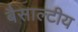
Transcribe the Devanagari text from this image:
बैसाल्टीय